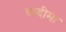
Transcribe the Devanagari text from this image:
दादीमा